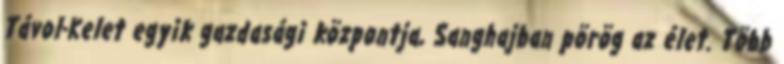
Távol-Kelet egyik gazdasági központja, Sanghajban pörög az élet. Több